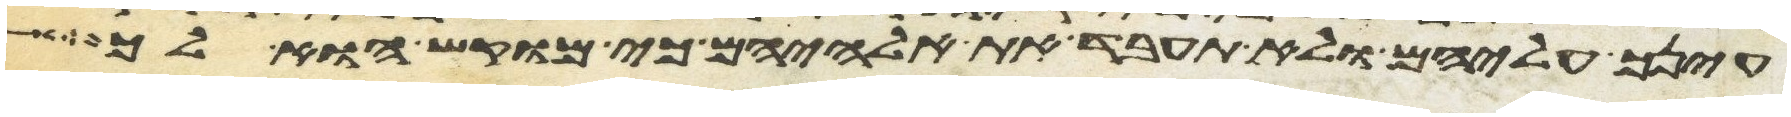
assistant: עינך עליהם ולא תעבד את אלהיהם כי מוקש הוא לך